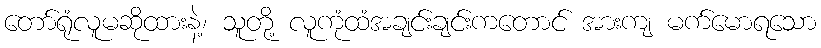
တော်ရုံလူမဆိုထားနဲ့၊ သူတို့ လူကုံထံအချင်းချင်းကတောင် အားကျ မက်မောရသော